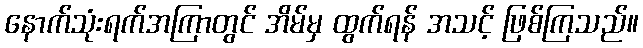
နောက်သုံးရက်အကြာတွင် အိမ်မှ ထွက်ရန် အသင့် ဖြစ်ကြသည်။